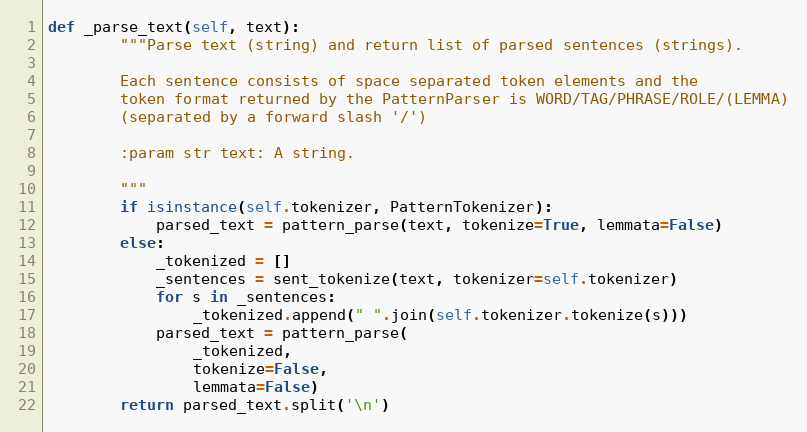
Language: Python
def _parse_text(self, text):
        """Parse text (string) and return list of parsed sentences (strings).

        Each sentence consists of space separated token elements and the
        token format returned by the PatternParser is WORD/TAG/PHRASE/ROLE/(LEMMA)
        (separated by a forward slash '/')

        :param str text: A string.

        """
        if isinstance(self.tokenizer, PatternTokenizer):
            parsed_text = pattern_parse(text, tokenize=True, lemmata=False)
        else:
            _tokenized = []
            _sentences = sent_tokenize(text, tokenizer=self.tokenizer)
            for s in _sentences:
                _tokenized.append(" ".join(self.tokenizer.tokenize(s)))
            parsed_text = pattern_parse(
                _tokenized,
                tokenize=False,
                lemmata=False)
        return parsed_text.split('\n')